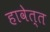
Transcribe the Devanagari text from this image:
हावेत्त